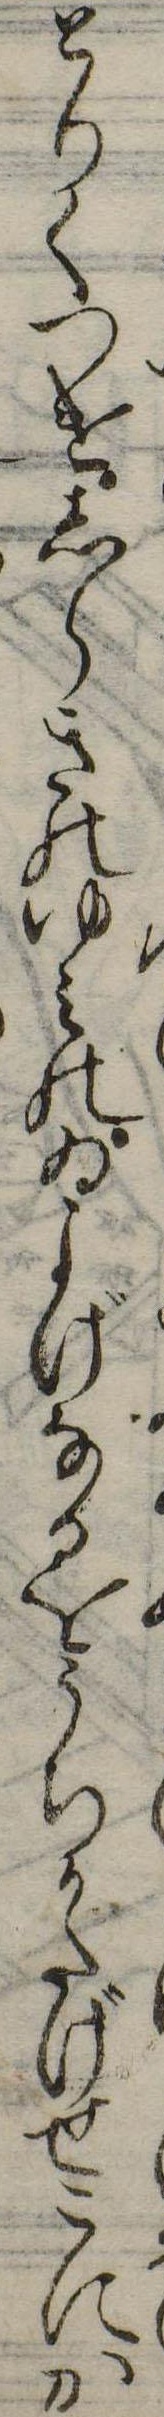
とりてつけしらきのゆみのゐよげなるをうちかたげせこにか